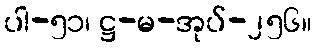
ပါ-၅၁၊ ဋ္ဌ-မ-အုပ်-၂၅၆။